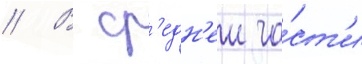
// В ср'едн'еи ча́ст'и